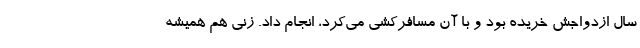
سال ازدواجش خریده بود و با آن مسافرکشی می‌کرد، انجام داد. زنی هم همیشه